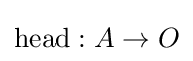
\mathrm {head} :A\rightarrow O